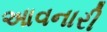
આવનારી